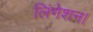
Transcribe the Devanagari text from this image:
लिंगेशन।